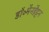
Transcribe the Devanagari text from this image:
डॉ॰मैनहैट्टन